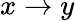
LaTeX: x\to y